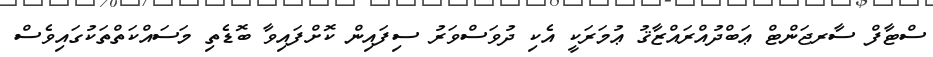
ސްޓާފް ސާރޖަންޓް ޢަބްދުއްރައްޒާޤު ޢުމަރަކީ އެކި ދުވަސްވަރު ސިފައިން ކޮށްފައިވާ ބޮޑެތި މަސައްކަތްތަކުގައިވެސް